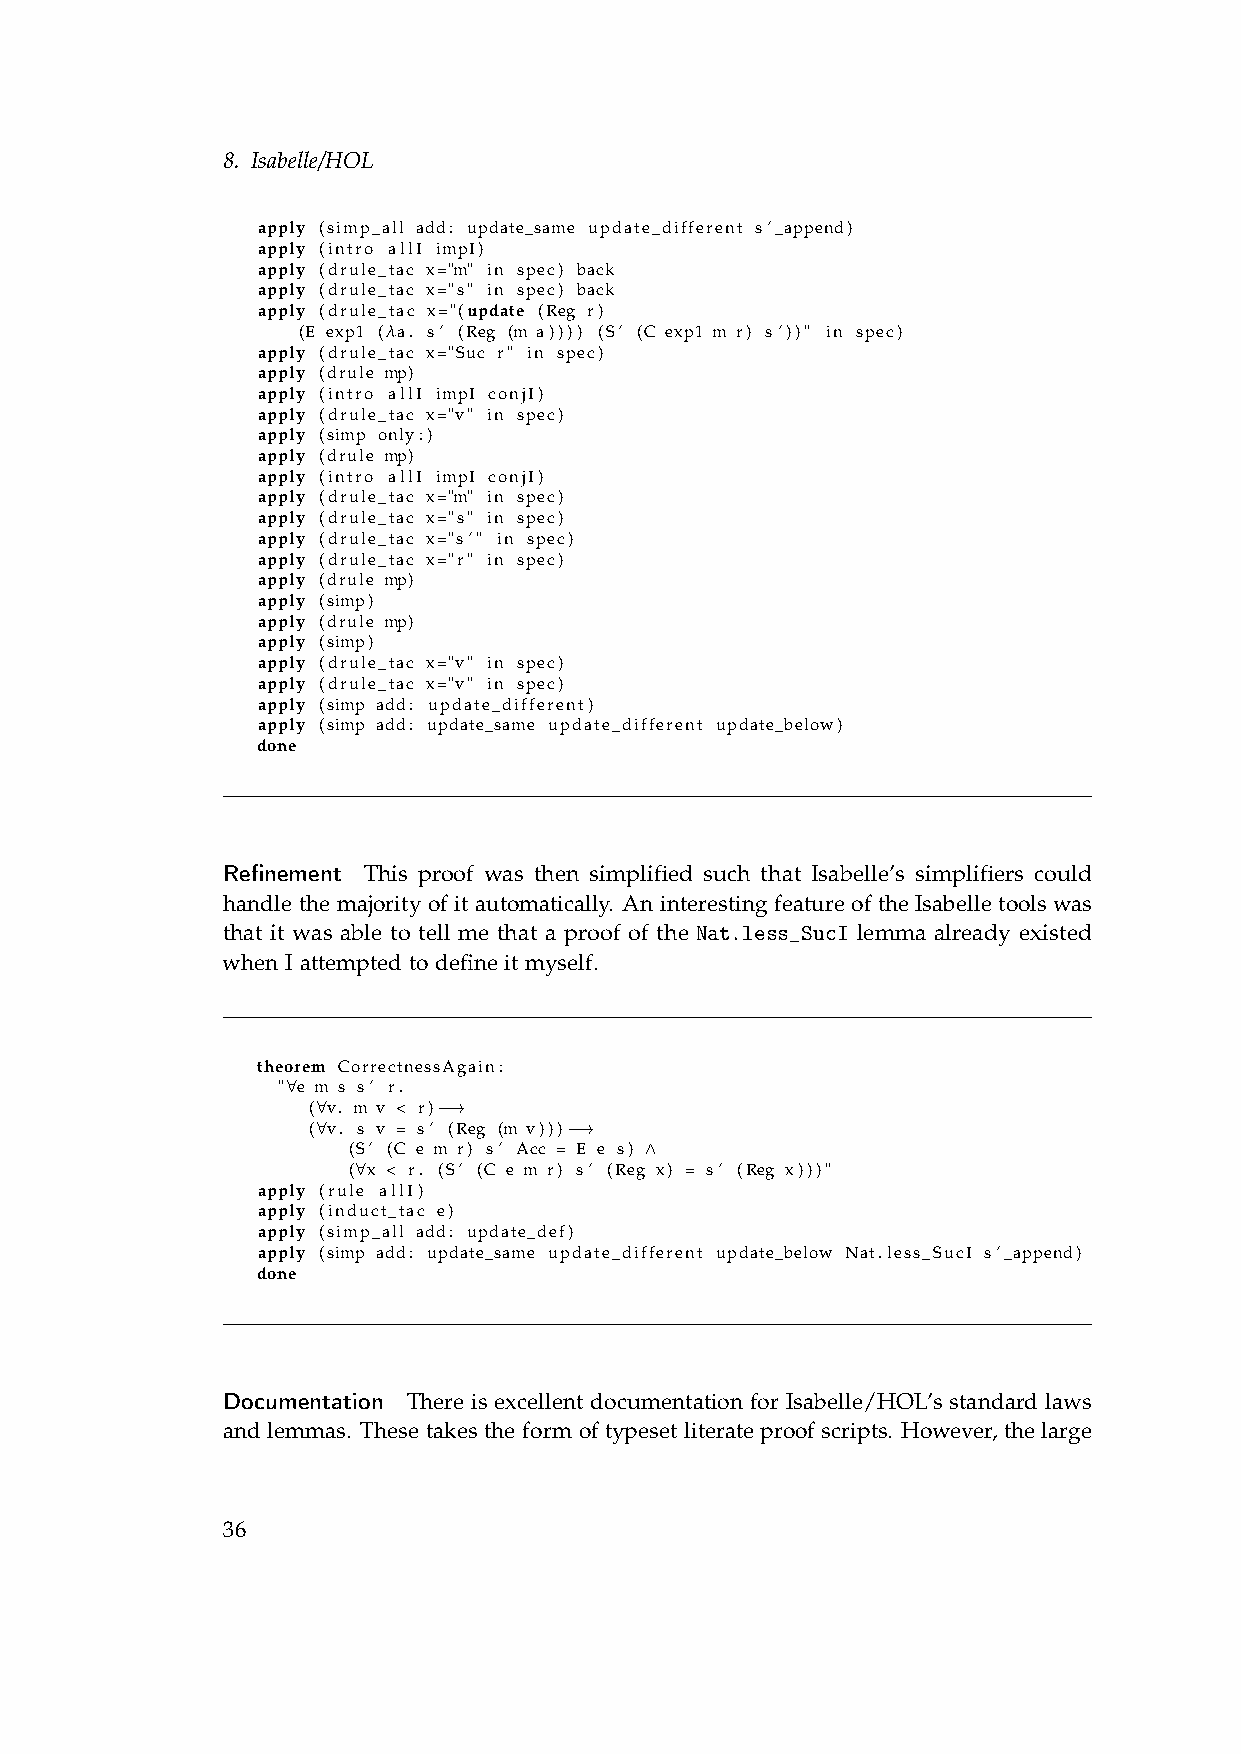
8. Isabelle/HOL
 apply (simp_all add: update_same update_different s’_append)
 apply (intro allI impI)
 apply (drule_tac x="m" in spec) back
 apply (drule_tac x="s" in spec) back
 apply (drule_tac x="(update (Reg r)
 (E exp1 (λa. s’ (Reg (m a)))) (S’ (C exp1 m r) s’))" in spec)
 apply (drule_tac x="Suc r" in spec)
 apply (drule mp)
 apply (intro allI impI conjI)
 apply (drule_tac x="v" in spec)
 apply (simp only:)
 apply (drule mp)
 apply (intro allI impI conjI)
 apply (drule_tac x="m" in spec)
 apply (drule_tac x="s" in spec)
 apply (drule_tac x="s’" in spec)
 apply (drule_tac x="r" in spec)
 apply (drule mp)
 apply (simp)
 apply (drule mp)
 apply (simp)
 apply (drule_tac x="v" in spec)
 apply (drule_tac x="v" in spec)
 apply (simp add: update_different)
 apply (simp add: update_same update_different update_below)
 done
 Refinement This proof was then simplified such that Isabelle’s simplifiers could
 handle the majority of it automatically. An interesting feature of the Isabelle tools was
 that it was able to tell me that a proof of the Nat.less_SucI lemma already existed
 when I attempted to define it myself.
 theorem CorrectnessAgain:
 "∀e m s s’ r.
 (∀v. m v < r)−→
 (∀v. s v = s’ (Reg (m v)))−→
 (S’ (C e m r) s’ Acc = E e s) ∧
 (∀x < r. (S’ (C e m r) s’ (Reg x) = s’ (Reg x)))"
 apply (rule allI)
 apply (induct_tac e)
 apply (simp_all add: update_def)
 apply (simp add: update_same update_different update_below Nat.less_SucI s’_append)
 done
 Documentation There is excellent documentation for Isabelle/HOL’s standard laws
 and lemmas. These takes the form of typeset literate proof scripts. However, the large
 36